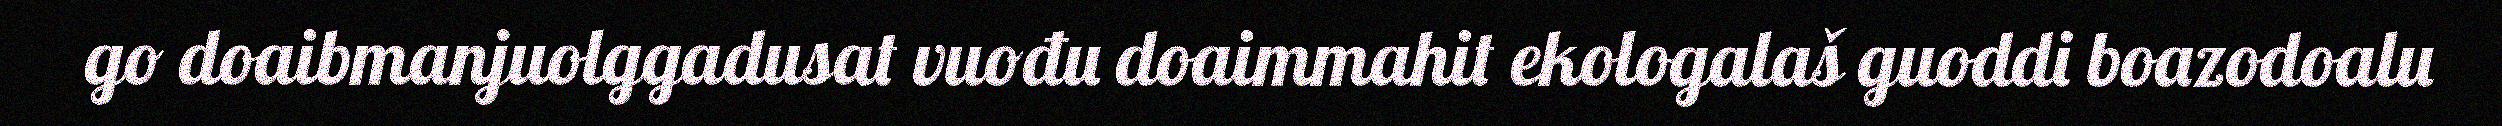
go doaibmanjuolggadusat vuođu doaimmahit ekologalaš guoddi boazodoalu